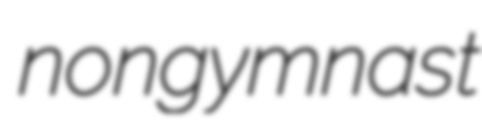
nongymnast